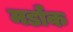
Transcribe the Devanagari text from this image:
मर्डॉक